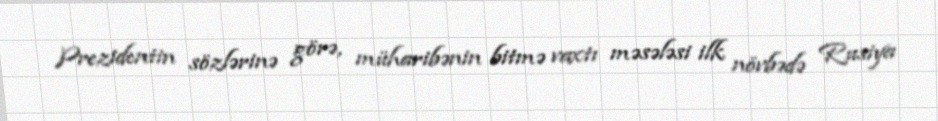
Prezidentin sözlərinə görə, müharibənin bitmə vaxtı məsələsi ilk növbədə Rusiya